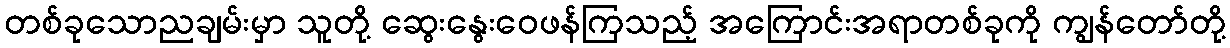
တစ်ခုသောညချမ်းမှာ သူတို့ ဆွေးနွေးဝေဖန်ကြသည့် အကြောင်းအရာတစ်ခုကို ကျွန်တော်တို့